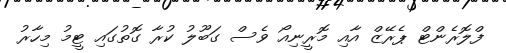
ފްލޮރެންޓް ޕެރޭޒް އާއި މޮރީނިއޯ ވެސް ގަބޫލު ކުރާ ގޮތުގައި ޓީމު މިހާރު